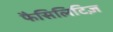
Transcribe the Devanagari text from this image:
फैसिलिटिज़